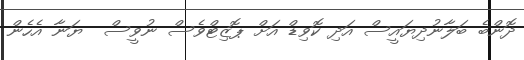
ދޮންބެ ބަލާނުދިޔައީސް އަދި ކޮވިޑް އަށް ޕޮޒިޓްވެސް ނުވީސް  ޔަނާ އެހެން